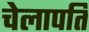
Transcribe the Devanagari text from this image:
चेलापति